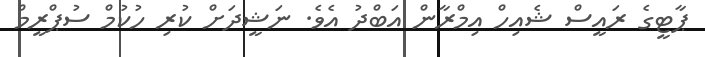
ޕާޓީގެ ރައީސް ޝެއިހް އިމްރާން އަބްދު އެވެ. ނަޝީދަށް ކުރި ހުކުމް ސުޕްރީމް